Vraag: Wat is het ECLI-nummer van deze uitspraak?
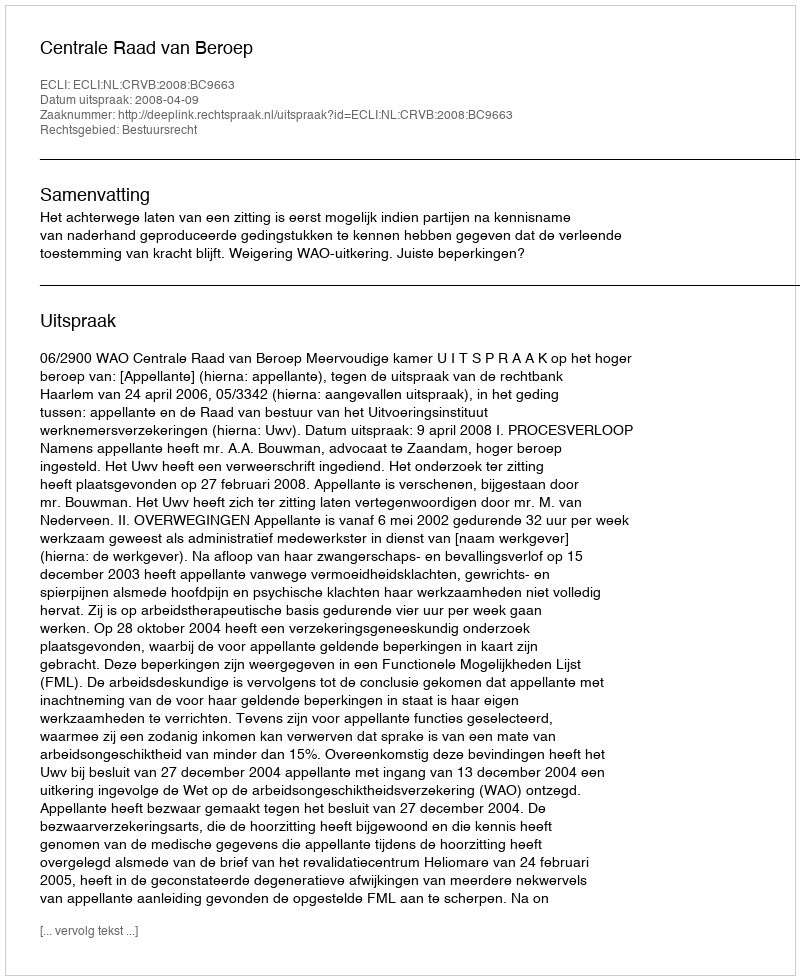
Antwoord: ECLI:NL:CRVB:2008:BC9663